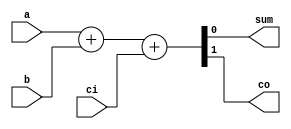
module add1_2(a, b, ci, sum, co);
	input a, b, ci;
	output sum, co;
	assign {co,sum} = a + b + ci;
endmodule